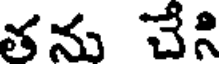
తను చేసి